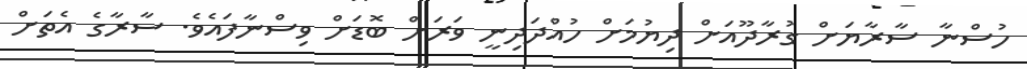
ހުސްނާ ސާރާޔަށް ގުރާދޫއަށް ދިޔުމަށް ހުއްދަދިނީ ވަރަށް ބޮޑަށް ވިސްނާފައެވެ. ސާރާގެ އެތަށް